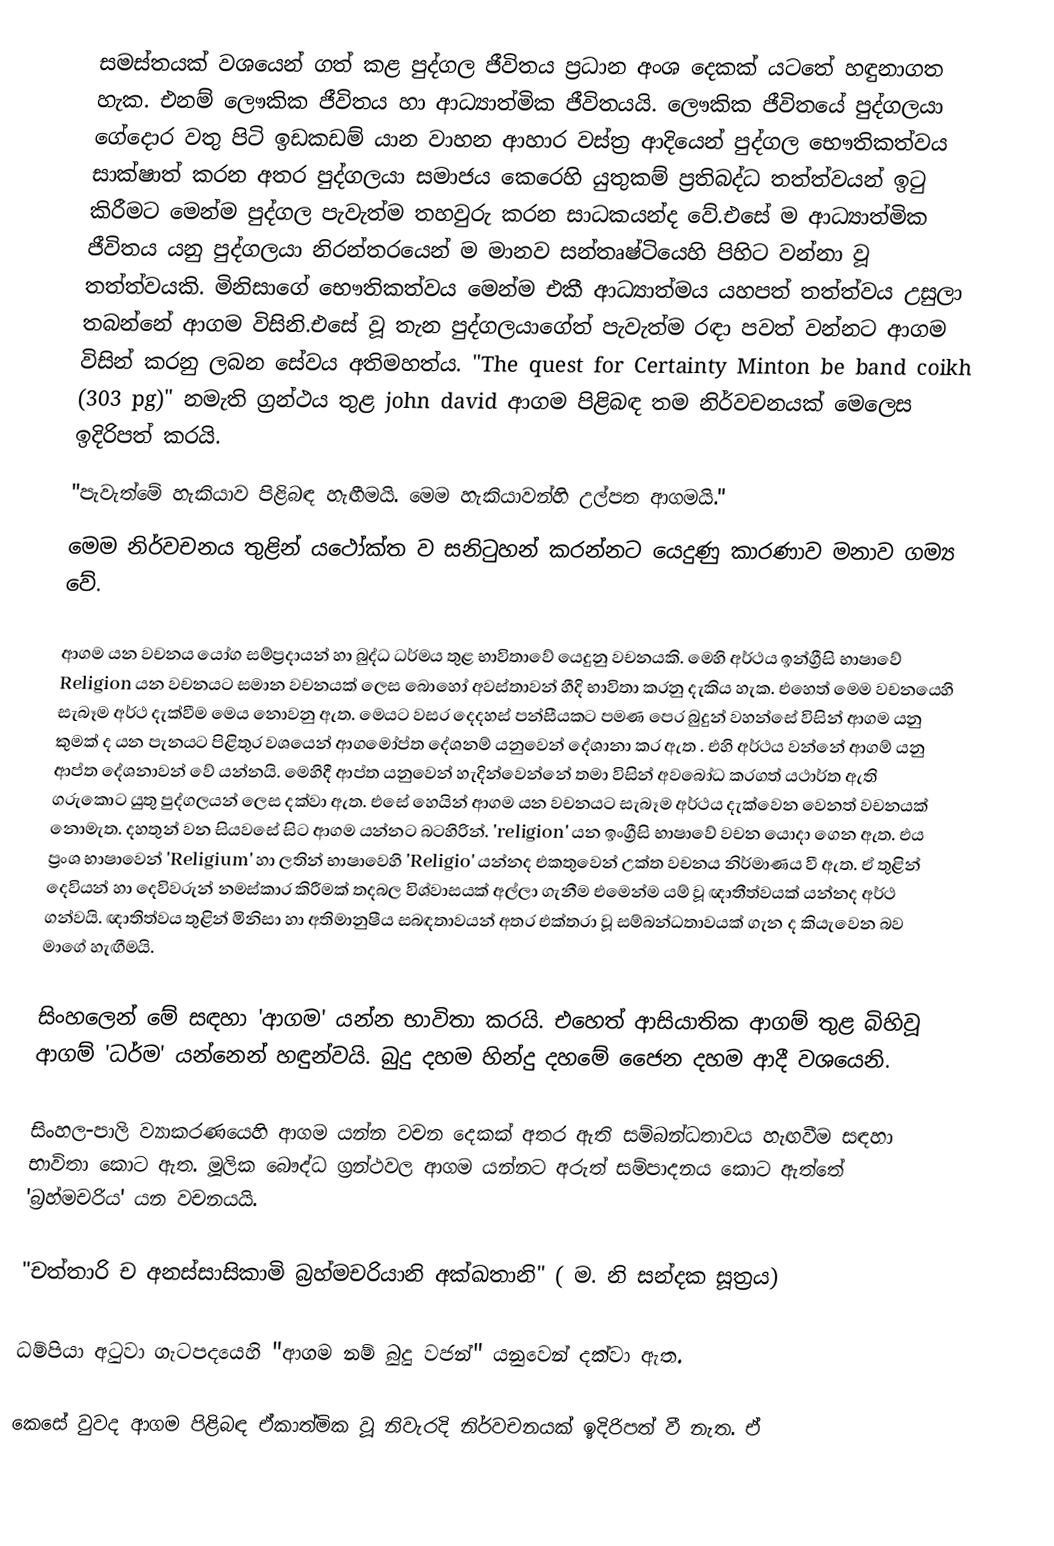
සමස්තයක් වශයෙන් ගත් කළ පුද්ගල ජීවිතය ප්‍රධාන අංශ දෙකක් යටතේ හඳුනාගත හැක. එනම් ලෞකික ජීවිතය හා ආධ්‍යාත්මික ජීවිතයයි. ලෞකික ජීවිතයේ පුද්ගලයා ගේදොර  වතු පිටි ඉඩකඩම් යාන වාහන ආහාර වස්ත්‍ර ආදියෙන් පුද්ගල භෞතිකත්වය සාක්ෂාත් කරන අතර පුද්ගලයා සමාජය කෙරෙහි යුතුකම් ප්‍රතිබද්ධ තත්ත්වයන් ඉටු කිරීමට මෙන්ම පුද්ගල පැවැත්ම තහවුරු කරන සාධකයන්ද වේ.එසේ ම ආධ්‍යාත්මික ජීවිතය යනු පුද්ගලයා නිරන්තරයෙන් ම මානව සන්තෘෂ්ටියෙහි පිහිට වන්නා වූ තත්ත්වයකි. මිනිසාගේ භෞතිකත්වය මෙන්ම එකී ආධ්‍යාත්මය යහපත් තත්ත්වය උසුලා තබන්නේ ආගම විසිනි.එසේ වූ තැන පුද්ගලයාගේත් පැවැත්ම රඳා පවත් වන්නට ආගම විසින් කරනු ලබන සේවය අතිමහත්ය. "The quest for Certainty Minton be band coikh (303 pg)" නමැති ග්‍රන්ථය තුළ john david ආගම පිළිබඳ තම නිර්වචනයක් මෙලෙස ඉදිරිපත් කරයි.
       "පැවැත්මේ හැකියාව පිළිබඳ හැඟීමයි. මෙම  හැකියාවන්හි උල්පත ආගමයි."
              මෙම නිර්වචනය තුළින් යථෝක්ත ව සනිටුහන් කරන්නට යෙදුණු කාරණාව මනාව ගම්‍ය වේ.

ආගම යන වචනය යෝග සම්ප්‍රදායන් හා බුද්ධ ධර්මය තුළ භාවිතාවේ යෙදුනු වචනයකි. මෙහි  අර්ථය ඉන්ග්‍රීසි භාෂාවේ Religion යන වචනයට සමාන වචනයක් ලෙස බොහෝ අවස්තාවන් හීදි භාවිතා කරනු දැකිය හැක. එහෙත් මෙම වචනයෙහි සැබෑම අර්ථ දැක්වීම මෙය නොවනු ඇත. මෙයට වසර දෙදහස් පන්සීයකට පමණ පෙර බුදුන් වහන්සේ විසින් ආගම යනු කුමක් ද යන පැනයට පිළිතුර වශයෙන් ආගමෝප්ත දේශනම් යනුවෙන් දේශානා කර ඇත . එහි අර්ථය වන්නේ ආගම් යනු ආප්ත දේශනාවන් වේ යන්නයි. මෙහිදී ආප්ත යනුවෙන් හැදින්වෙන්නේ තමා විසින්  අවබෝධ කරගත් යථාර්ත ඇති ගරුකොට යුතු පුද්ගලයන් ලෙස  දක්වා ඇත. එසේ හෙයින් ආගම යන වචනයට සැබෑම අර්ථය දැක්වෙන වෙනත් වචනයක් නොමැත. දහතුන් වන සියවසේ සිට ආගම යන්නට බටහිරින්. 'religion' යන ඉංග්‍රීසි භාෂාවේ වචන යොදා ගෙන ඇත. එය ප්‍රංශ භාෂාවෙන් 'Religium' හා ලතින් භාෂාවෙහි 'Religio' යන්නද එකතුවෙන් උක්ත වචනය නිර්මාණය වී ඇත. ඒ තුළින් දෙවියන් හා දෙවිවරුන් නමස්කාර කිරීමක් තදබල විශ්වාසයක් අල්ලා ගැනීම එමෙන්ම යම් වූ ඥාතීත්වයක් යන්නද අර්ථ ගන්වයි. ඥාතිත්වය තුළින් මිනිසා හා අතිමානුෂීය සබඳතාවයන් අතර එක්තරා වූ සම්බන්ධතාවයක් ගැන ද කියැවෙන බව මාගේ හැඟීමයි.

සිංහලෙන් මේ සඳහා 'ආගම' යන්න භාවිතා කරයි. එහෙත් ආසියාතික ආගම් තුළ බිහිවූ ආගම් 'ධර්ම' යන්නෙන් හඳුන්වයි. බුදු දහම හින්දු දහමේ ජෛන දහම ආදී වශයෙනි.

සිංහල-පාලි ව්‍යාකරණයෙහි ආගම යන්න වචන දෙකක් අතර ඇති සම්බන්ධතාවය හැඟවීම සඳහා භාවිතා කොට ඇත. මූලික බෞද්ධ ග්‍රන්ථවල ආගම යන්නට අරුත් සම්පාදනය කොට ඇත්තේ 'බ්‍රහ්මචරිය' යන වචනයයි.

"චත්තාරි ච අනස්සාසිකාමි බ්‍රහ්මචරියානි අක්ඛතානි" ( ම. නි සන්දක සූත්‍රය)

ධම්පියා අටුවා ගැටපදයෙහි "ආගම නම් බුදු වජන්" යනුවෙන් දක්වා ඇත.

කෙසේ වුවද ආගම පිළිබඳ ඒකාත්මික වූ නිවැරදි නිර්වචනයක් ඉදිරිපත් වී නැත. ඒ